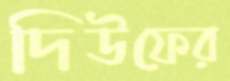
দিউফের